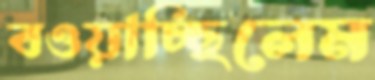
বওয়াচ্ছিলেম